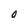
Character: 0